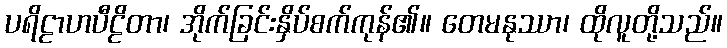
ပရိဠာဟပီဠိတာ၊ အိုက်ခြင်းနှိပ်စက်ကုန်၏။ တေမနုဿာ၊ ထိုလူတို့သည်။